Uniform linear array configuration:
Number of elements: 48
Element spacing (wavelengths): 0.25
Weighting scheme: kaiser
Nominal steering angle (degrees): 45
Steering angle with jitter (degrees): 44.419
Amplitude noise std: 0.05
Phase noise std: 0.05

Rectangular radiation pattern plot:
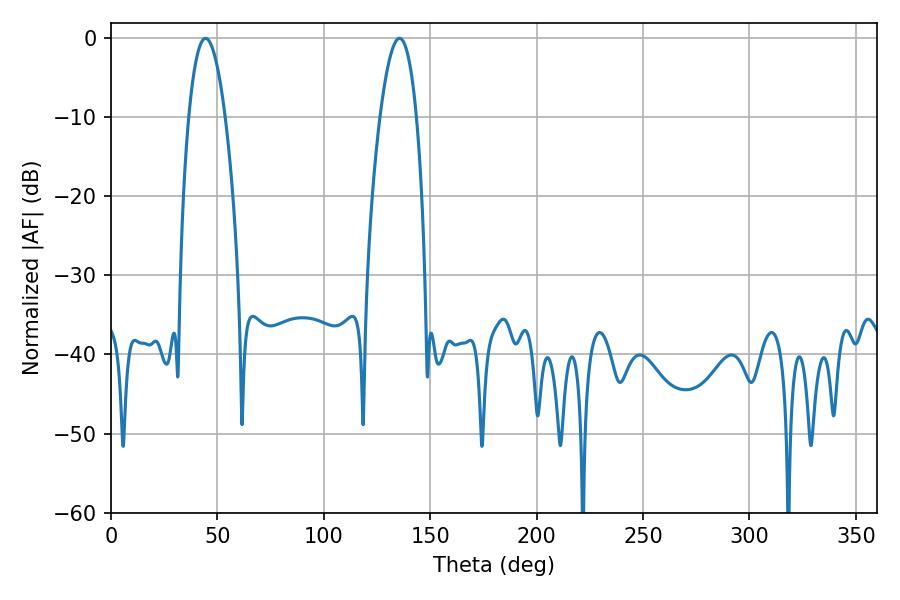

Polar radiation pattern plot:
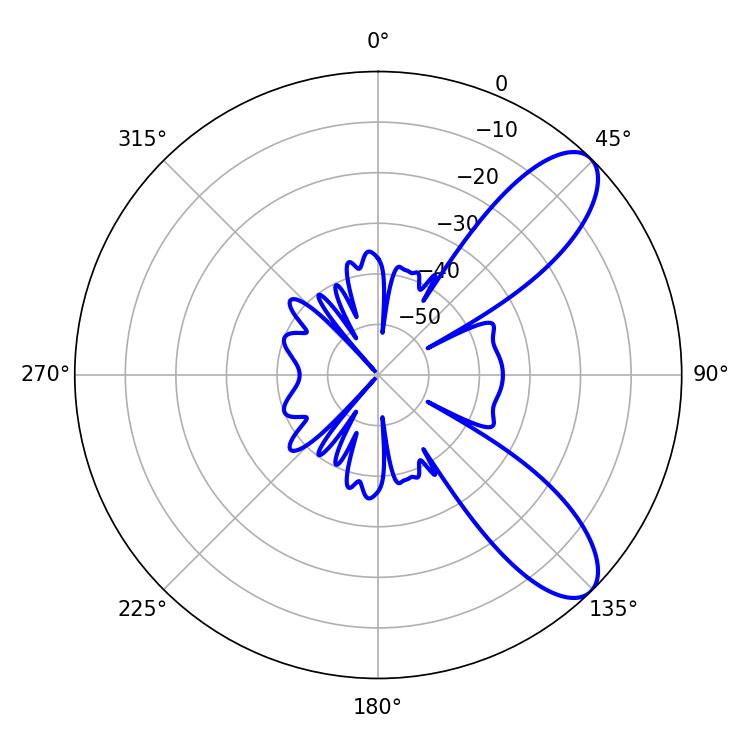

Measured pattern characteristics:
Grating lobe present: FALSE
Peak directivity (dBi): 9.05
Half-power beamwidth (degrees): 9.36
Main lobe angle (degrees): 44.46